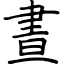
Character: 晝